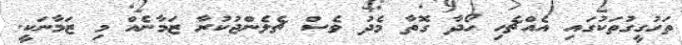
ތަހުގީގުތަކުގައި އެއްޗެހި ހޯދާ ގޮތާ މެދު ވެސް ޗެލެންޖުކުރާ ޒަމާނެއް މި ޒަމާނަކީ.